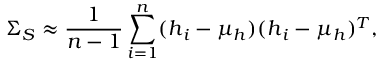
\boldsymbol { \Sigma _ { S } } \approx \frac { 1 } { n - 1 } \sum _ { i = 1 } ^ { n } ( \boldsymbol { h } _ { i } - \boldsymbol { \mu _ { h } } ) ( \boldsymbol { h } _ { i } - \boldsymbol { \mu _ { h } } ) ^ { T } ,